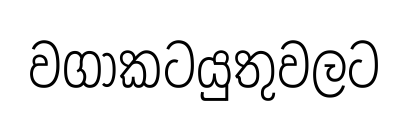
වගාකටයුතුවලට